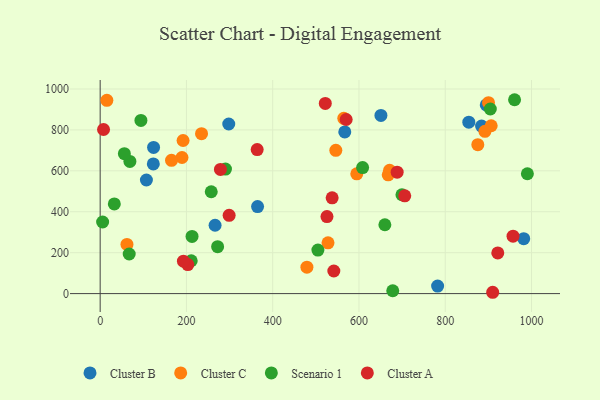
{"axis": {"x": "Investment", "y": "Profit"}, "legend": ["Cluster A", "Cluster B", "Cluster C", "Scenario 1"], "data": [{"x": "981.9", "y": 268.5, "type": "Cluster B"}, {"x": "298.1", "y": 829.0, "type": "Cluster B"}, {"x": "107.2", "y": 555.3, "type": "Cluster B"}, {"x": "266.4", "y": 334.0, "type": "Cluster B"}, {"x": "895.1", "y": 922.3, "type": "Cluster B"}, {"x": "123.2", "y": 633.8, "type": "Cluster B"}, {"x": "854.6", "y": 837.7, "type": "Cluster B"}, {"x": "650.9", "y": 870.7, "type": "Cluster B"}, {"x": "782.3", "y": 37.0, "type": "Cluster B"}, {"x": "123.8", "y": 714.7, "type": "Cluster B"}, {"x": "567.1", "y": 790.2, "type": "Cluster B"}, {"x": "884.2", "y": 818.9, "type": "Cluster B"}, {"x": "364.9", "y": 425.4, "type": "Cluster B"}, {"x": "906.5", "y": 820.5, "type": "Cluster C"}, {"x": "546.3", "y": 700.5, "type": "Cluster C"}, {"x": "892.0", "y": 793.1, "type": "Cluster C"}, {"x": "479.3", "y": 129.2, "type": "Cluster C"}, {"x": "528.2", "y": 248.4, "type": "Cluster C"}, {"x": "594.9", "y": 585.2, "type": "Cluster C"}, {"x": "189.7", "y": 665.2, "type": "Cluster C"}, {"x": "165.4", "y": 651.5, "type": "Cluster C"}, {"x": "875.5", "y": 728.0, "type": "Cluster C"}, {"x": "15.5", "y": 944.5, "type": "Cluster C"}, {"x": "192.2", "y": 748.4, "type": "Cluster C"}, {"x": "235.0", "y": 781.8, "type": "Cluster C"}, {"x": "671.0", "y": 602.3, "type": "Cluster C"}, {"x": "564.8", "y": 856.5, "type": "Cluster C"}, {"x": "900.3", "y": 933.3, "type": "Cluster C"}, {"x": "62.1", "y": 240.4, "type": "Cluster C"}, {"x": "667.8", "y": 580.5, "type": "Cluster C"}, {"x": "699.6", "y": 483.1, "type": "Scenario 1"}, {"x": "213.0", "y": 279.4, "type": "Scenario 1"}, {"x": "211.1", "y": 160.7, "type": "Scenario 1"}, {"x": "68.9", "y": 645.8, "type": "Scenario 1"}, {"x": "904.5", "y": 902.3, "type": "Scenario 1"}, {"x": "990.4", "y": 585.9, "type": "Scenario 1"}, {"x": "504.8", "y": 212.9, "type": "Scenario 1"}, {"x": "660.0", "y": 336.5, "type": "Scenario 1"}, {"x": "290.5", "y": 608.6, "type": "Scenario 1"}, {"x": "67.3", "y": 193.5, "type": "Scenario 1"}, {"x": "257.5", "y": 497.9, "type": "Scenario 1"}, {"x": "56.1", "y": 683.7, "type": "Scenario 1"}, {"x": "94.5", "y": 846.5, "type": "Scenario 1"}, {"x": "678.3", "y": 13.9, "type": "Scenario 1"}, {"x": "608.4", "y": 616.1, "type": "Scenario 1"}, {"x": "272.3", "y": 229.2, "type": "Scenario 1"}, {"x": "960.7", "y": 947.6, "type": "Scenario 1"}, {"x": "32.8", "y": 438.4, "type": "Scenario 1"}, {"x": "5.7", "y": 349.9, "type": "Scenario 1"}, {"x": "541.7", "y": 110.5, "type": "Cluster A"}, {"x": "688.5", "y": 593.6, "type": "Cluster A"}, {"x": "570.3", "y": 851.0, "type": "Cluster A"}, {"x": "525.8", "y": 376.7, "type": "Cluster A"}, {"x": "957.2", "y": 280.9, "type": "Cluster A"}, {"x": "364.0", "y": 703.9, "type": "Cluster A"}, {"x": "706.1", "y": 477.9, "type": "Cluster A"}, {"x": "299.0", "y": 382.7, "type": "Cluster A"}, {"x": "537.8", "y": 468.0, "type": "Cluster A"}, {"x": "921.8", "y": 199.0, "type": "Cluster A"}, {"x": "203.2", "y": 141.7, "type": "Cluster A"}, {"x": "910.0", "y": 6.5, "type": "Cluster A"}, {"x": "521.9", "y": 929.4, "type": "Cluster A"}, {"x": "193.0", "y": 158.5, "type": "Cluster A"}, {"x": "278.8", "y": 606.7, "type": "Cluster A"}, {"x": "7.8", "y": 802.1, "type": "Cluster A"}]}